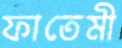
ফাতেমী